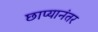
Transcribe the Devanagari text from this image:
छाप्यानंतर